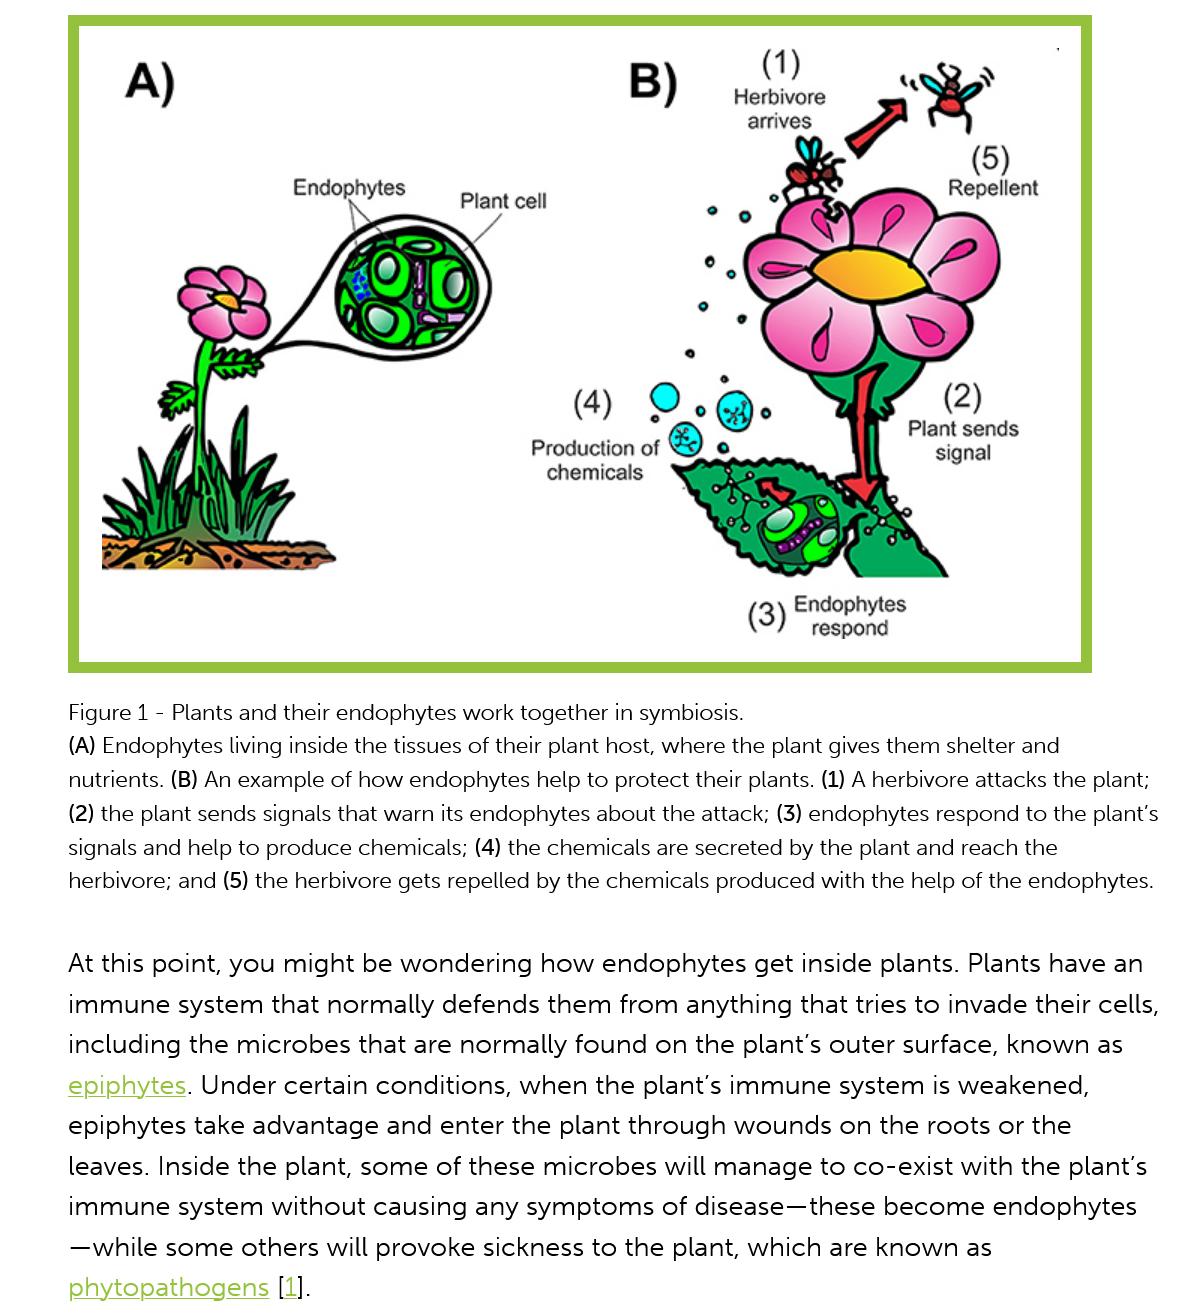
Endophytes
     Plant cell
     (4)   ¢
     Production of
     chemicals
     Endophytes
     Cynon
     ~
     (2)
     Plant sends
     signal
     (5)
     Repellent
     (1)
     Herbivore
     arrives
     Figure 1
     -
     Plants and their endophytes work together in symbiosis.
     (A) Endophytes living inside the tissues of their plant host, where the plant gives them shelter and
     nutrients. (B) An example of how endophytes help to protect their plants. (1) A herbivore attacks the plant;
     (2) the plant sends signals that warn its endophytes about the attack; (3) endophytes respond to the plant's
     signals and help to produce chemicals; (4) the chemicals are secreted by the plant and reach the
     herbivore; and (5) the herbivore gets repelled by the chemicals produced with the help of the endophytes.
     At this point, you might be wondering   how  endophytes get inside  plants. Plants have an
     immune  system   that normally  defends them  from  anything that tries to invade their cells,
     including the microbes that  are normally  found on  the plant's outer surface, known as
     epiphytes. Under  certain conditions, when  the plant's immune   system  is weakened,
     epiphytes  take advantage  and enter the plant through  wounds on the   roots or the
     leaves. Inside the plant, some of these microbes  will manage  to co-exist with the plant's
     immune  system   without  causing any  symptoms of   disease—these   become   endophytes
     —while  some   others will provoke sickness to the plant, which are known  as
     phytopathogens    [1].